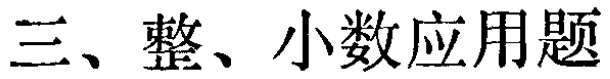
三、整、小数应用题